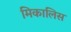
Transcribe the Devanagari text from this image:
मिकालिस